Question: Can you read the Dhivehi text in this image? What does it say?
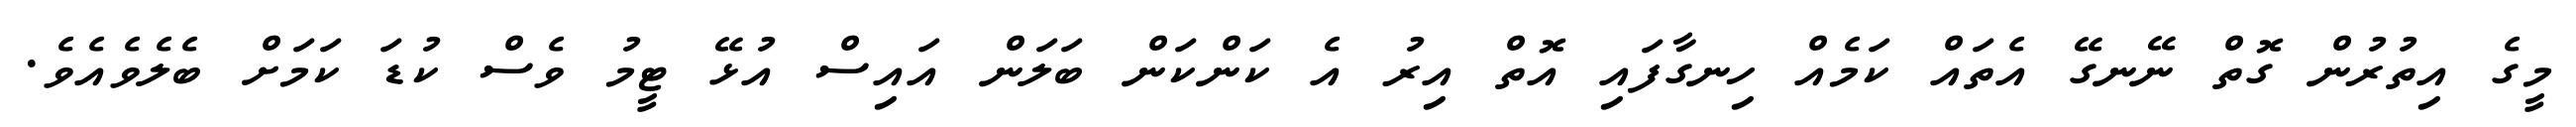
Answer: މީގެ އިތުރުން ގޮތް ނޭނގޭ އެތައް ކަމެއް ހިނގާފައި އޮތް އިރު އެ ކަންކަން ބަލަން އައިސް އުޅޭ ޓީމު ވެސް ކުޑަ ކަމަށް ބެލެވެއެވެ.